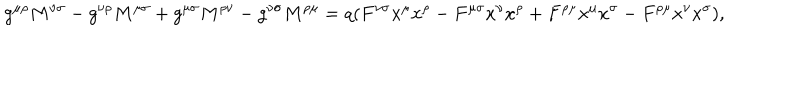
LaTeX: g ^ { \mu \rho } M ^ { \nu \sigma } - g ^ { \nu \rho } M ^ { \mu \sigma } + g ^ { \mu \sigma } M ^ { \rho \nu } - g ^ { \nu \sigma } M ^ { \rho \mu } = q ( F ^ { \nu \sigma } x ^ { \mu } x ^ { \rho } - F ^ { \mu \sigma } x ^ { \upsilon } x ^ { \rho } + F ^ { \rho \mu } x ^ { \mu } x ^ { \sigma } - F ^ { \rho \mu } x ^ { \nu } x ^ { \sigma } ) ,